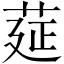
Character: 莚